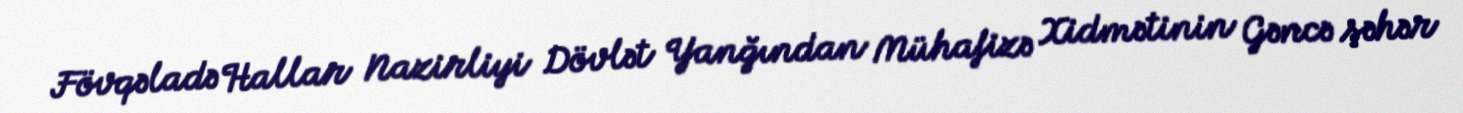
Fövqəladə Hallar Nazirliyi Dövlət Yanğından Mühafizə Xidmətinin Gəncə şəhər